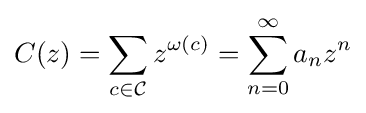
C(z)=\sum _{c\in {\mathcal {C}}}z^{\omega (c)}=\sum _{n=0}^{\infty }a_{n}z^{n}